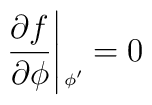
\left.{{\partial f}\over{\partial \phi}}\right|{\mbox{\raisebox{-1.7ex}{{\tiny{$\!\phi'$}}}}} =0